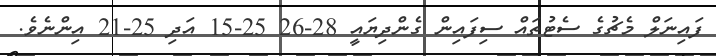
ފައިނަލް މެޗުގެ ސެޓުތައް ސިފައިން ގެންދިޔައީ 28-26 25-15 އަދި 25-21 އިންނެވެ.